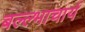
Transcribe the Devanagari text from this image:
बल्ल्भाचार्य